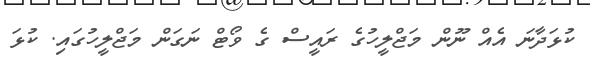
ކުޅަދާނަ އެއް ނޫން މަޖްލީހުގެ ރައީސް ގެ ވޯޓް ނަގަން މަޖްލީހުގައި. ކުޅަ